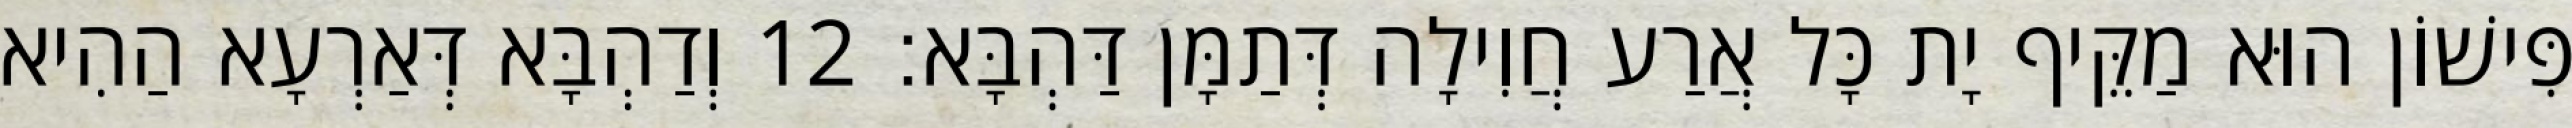
פִּישׁוֹן הוּא מַקֵּיף יָת כָּל אֲרַע חֲוִילָה דְּתַמָּן דַּהְבָּא׃ 12 וְדַהְבָּא דְּאַרְעָא הַהִיא